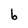
Character: b